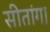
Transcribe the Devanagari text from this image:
सीतांग।